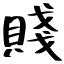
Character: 賤